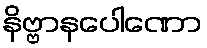
နိဗ္ဗာနပေါဏော